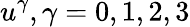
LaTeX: u^{\gamma},\gamma=0,1,2,3